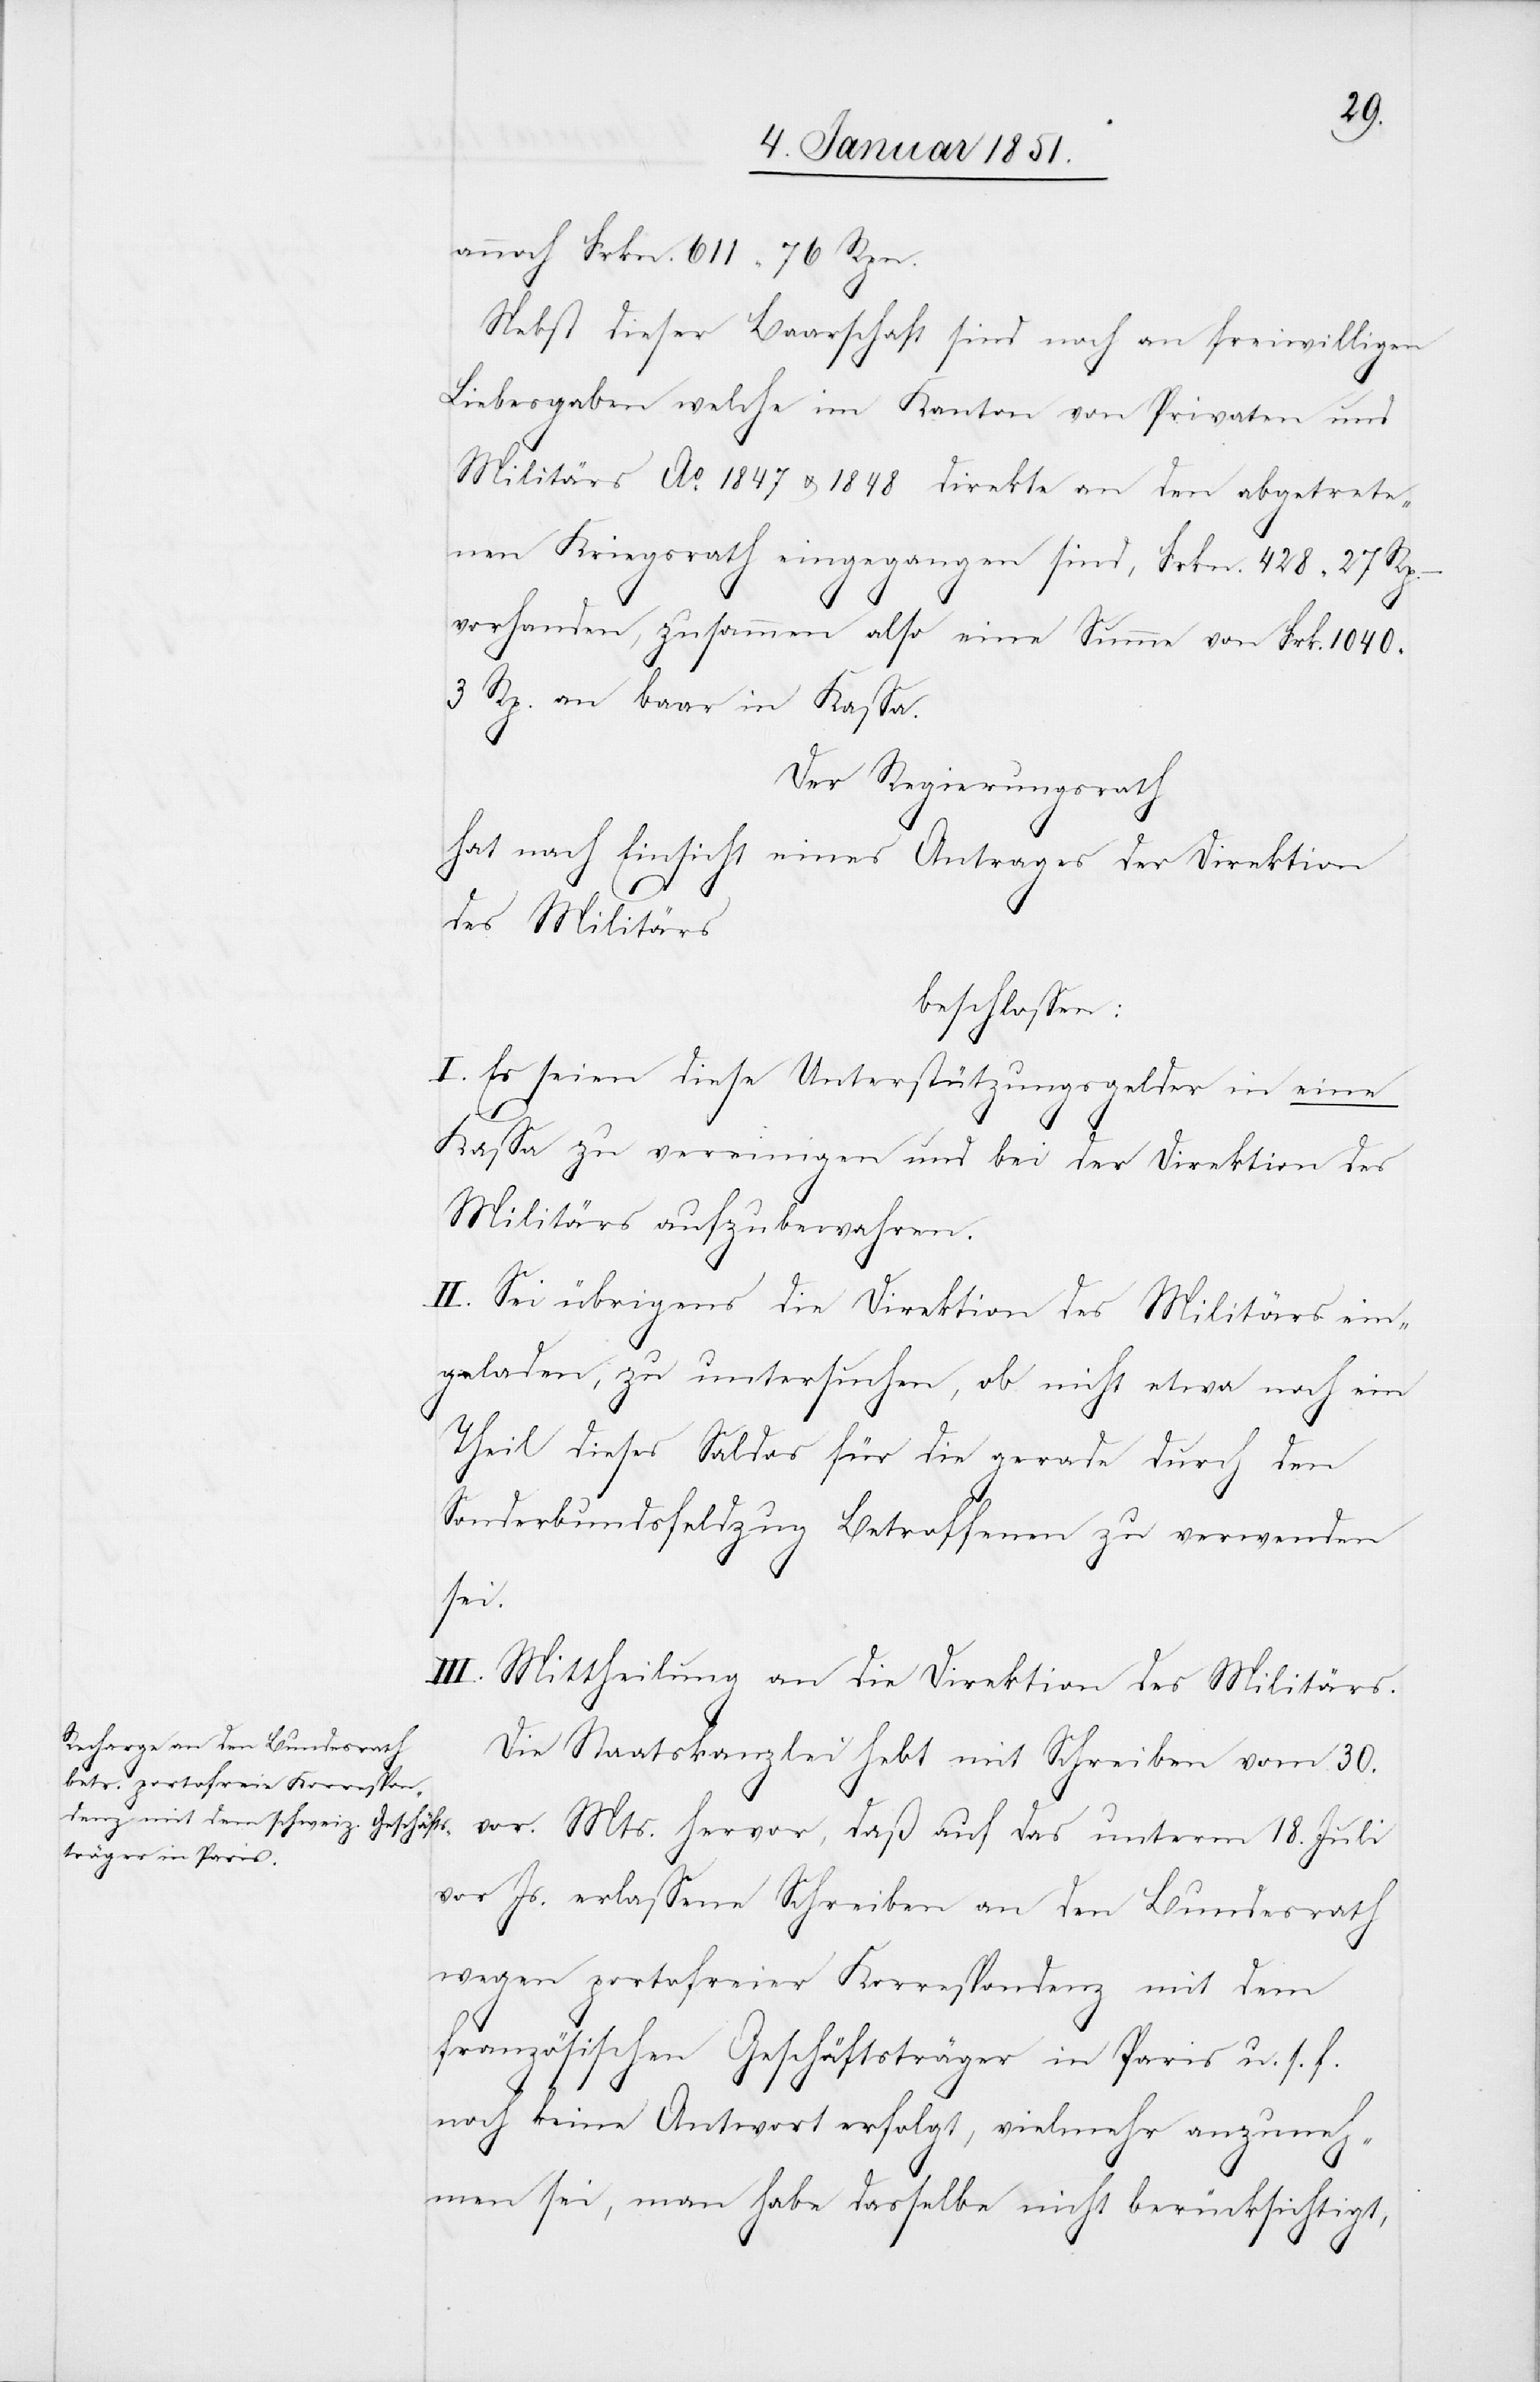
annoch Frkn. 611 76 Rpn.
Nebst dieser Baarschaft sind noch an freiwilligen
Liebesgaben welche im Kanton von Privaten und
Militärs Ao. 1847 u. 1848 direkte an den abgetrete¬
nen Kriegsrath eingegangen sind, Frkn. 428 27 Rp. –
vorhanden, zusammen also eine Summe von Frk. 1040
3 Rp. an baar in Kassa.
Der Regierungsrath
hat nach Einsicht eines Antrages der Direktion
des Militärs
beschlossen:
I. Es seien diese Unterstützungsgelder in eine
Kassa zu vereinigen und bei der Direktion des
Militärs aufzubewahren.
II. Sei übrigens die Direktion des Militärs ein¬
geladen, zu untersuchen, ob nicht etwa noch ein
Theil dieses Saldos für die gerade durch den
Sonderbundsfeldzug Betroffenen zu verwenden
sei.
III. Mittheilung an die Direktion des Militärs.
Die Staatskanzlei hebt mit Schreiben vom 30.
vor. Mts. hervor, daß auf das unterm 18. Juli
vor[.] Js. erlassene Schreiben an den Bundesrath
wegen portofreier Korrespondenz mit dem
französischen Geschäftsträger in Paris u. s. f.
noch keine Antwort erfolgt, vielmehr anzuneh¬
men sei, man habe dasselbe nicht berücksichtigt,